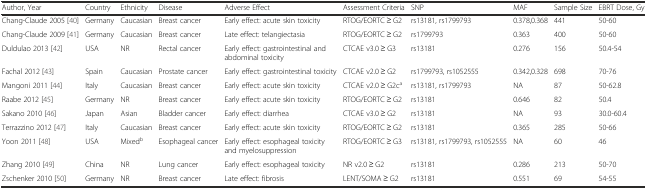
<table><thead><tr><td><b>Author, Year</b></td><td><b>Country</b></td><td><b>Ethnicity</b></td><td><b>Disease</b></td><td><b>Adverse Effect</b></td><td><b>Assessment Criteria</b></td><td><b>SNP</b></td><td><b>MAF</b></td><td><b>Sample Size</b></td><td><b>EBRT Dose, Gy</b></td></tr></thead><tbody><tr><td>Chang-Claude 2005 [40]</td><td>Germany</td><td>Caucasian</td><td>Breast cancer</td><td>Early effect: acute skin toxicity</td><td>RTOG/EORTC ≥ G2</td><td>rs13181, rs1799793</td><td>0.378,0.368</td><td>441</td><td>50-60</td></tr><tr><td>Chang-Claude 2009 [41]</td><td>Germany</td><td>Caucasian</td><td>Breast cancer</td><td>Late effect: telangiectasia</td><td>RTOG/EORTC ≥ G2</td><td>rs1799793</td><td>0.363</td><td>400</td><td>50-60</td></tr><tr><td>Duldulao 2013 [42]</td><td>USA</td><td>NR</td><td>Rectal cancer</td><td>Early effect: gastrointestinal and abdominal toxicity</td><td>CTCAE v3.0 ≥ G3</td><td>rs13181</td><td>0.276</td><td>156</td><td>50.4-54</td></tr><tr><td>Fachal 2012 [43]</td><td>Spain</td><td>Caucasian</td><td>Prostate cancer</td><td>Early effect: gastrointestinal toxicity</td><td>CTCAE v2.0 ≥ G2</td><td>rs1799793, rs1052555</td><td>0.342,0.328</td><td>698</td><td>70-76</td></tr><tr><td>Mangoni 2011 [44]</td><td>Italy</td><td>Caucasian</td><td>Breast cancer</td><td>Early effect: acute skin toxicity</td><td>CTCAE v2.0 ≥ G2c<sup>a</sup></td><td>rs13181, rs1799793</td><td>NA</td><td>87</td><td>50-62.8</td></tr><tr><td>Raabe 2012 [45]</td><td>Germany</td><td>NR</td><td>Breast cancer</td><td>Early effect: acute skin toxicity</td><td>RTOG/EORTC ≥ G2</td><td>rs13181</td><td>0.646</td><td>82</td><td>50.4</td></tr><tr><td>Sakano 2010 [46]</td><td>Japan</td><td>Asian</td><td>Bladder cancer</td><td>Early effect: diarrhea</td><td>CTCAE v3.0 ≥ G2</td><td>rs13181</td><td>NA</td><td>93</td><td>30.0-60.4</td></tr><tr><td>Terrazzino 2012 [47]</td><td>Italy</td><td>Caucasian</td><td>Breast cancer</td><td>Early effect: acute skin toxicity</td><td>RTOG/EORTC ≥ G2</td><td>rs13181</td><td>0.365</td><td>285</td><td>50-66</td></tr><tr><td>Yoon 2011 [48]</td><td>USA</td><td>Mixed<sup>b</sup></td><td>Esophageal cancer</td><td>Early effect: esophageal toxicity and myelosuppression</td><td>RTOG/EORTC ≥ G3</td><td>rs13181, rs1799793, rs1052555</td><td>NA</td><td>60</td><td>46</td></tr><tr><td>Zhang 2010 [49]</td><td>China</td><td>NR</td><td>Lung cancer</td><td>Early effect: esophageal toxicity</td><td>NR v2.0 ≥ G2</td><td>rs13181</td><td>0.286</td><td>213</td><td>50-70</td></tr><tr><td>Zschenker 2010 [50]</td><td>Germany</td><td>NR</td><td>Breast cancer</td><td>Late effect: fibrosis</td><td>LENT/SOMA ≥ G2</td><td>rs13181</td><td>0.551</td><td>69</td><td>54-55</td></tr></tbody></table>